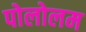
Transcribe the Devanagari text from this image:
पोलोलम